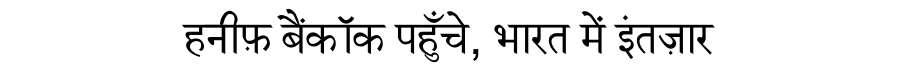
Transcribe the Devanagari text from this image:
हनीफ़ बैंकॉक पहुँचे, भारत में इंतज़ार